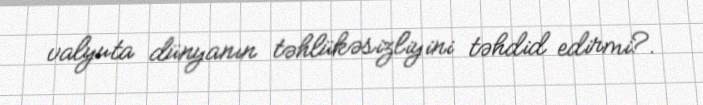
valyuta dünyanın təhlükəsizliyini təhdid edirmi?.